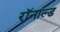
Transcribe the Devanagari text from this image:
रॉनाल्ड